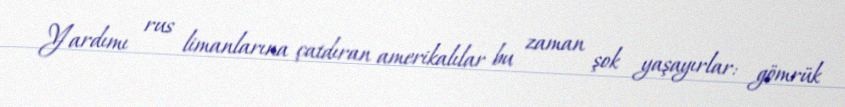
Yardımı rus limanlarına çatdıran amerikalılar bu zaman şok yaşayırlar: gömrük